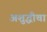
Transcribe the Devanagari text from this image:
अशुद्धीचा